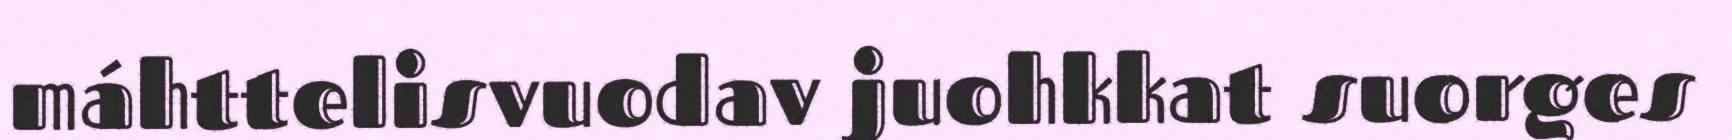
máhttelisvuodav juohkkat suorges